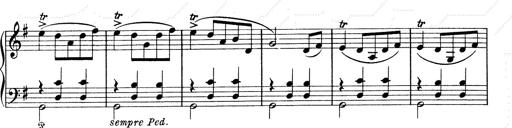
Title: 6 Polish Songs
Composer: Franz Liszt